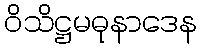
ဝိသိဋ္ဌမဓုနာဒေန